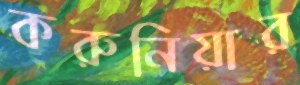
করুনিয়ার